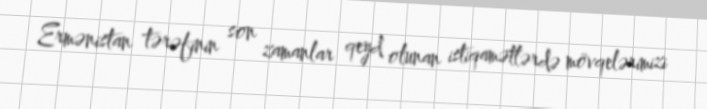
Ermənistan tərəfinin son zamanlar qeyd olunan istiqamətlərdə mövqelərimizi